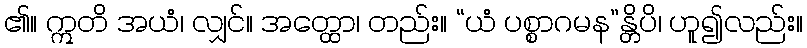
၏။ ဣတိ အယံ၊ လျှင်။ အတ္ထော၊ တည်း။ “ယံ ပစ္စာဂမန”န္တိပိ၊ ဟူ၍လည်း။